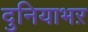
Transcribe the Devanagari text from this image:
दुनियाभऱ